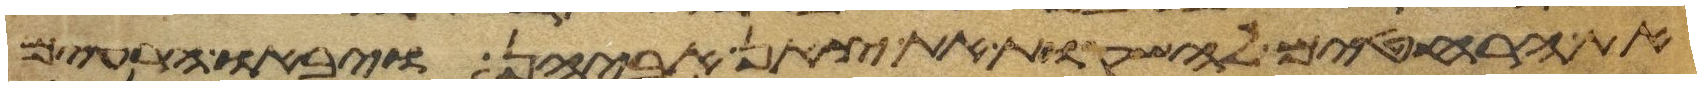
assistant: את הרחטים להשקות את צאן אביהן ויבאו הרעים